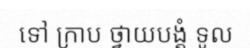
ទៅ ក្រាប ថ្វាយបង្គំ ទូល